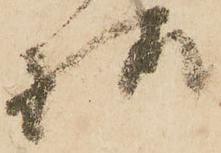
様